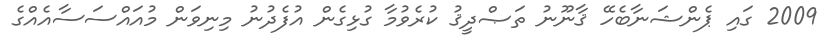
2009 ގައި ޕެންޝަނާބެހޭ ޤާނޫނު ތަޞްދީޤު ކުރެވުމާ ގުޅިގެން އުފެދުނު މިނިވަން މުއައްސަސާއެއްގެ